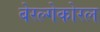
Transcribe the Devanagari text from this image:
बेरल्गेकोरल